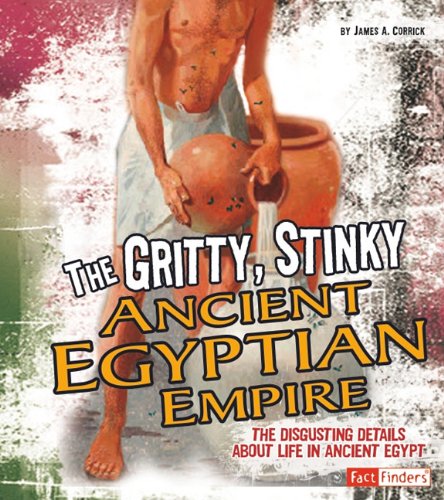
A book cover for Gritty, Stinky Ancient Egypt: The Disgusting Details About Life in Ancient Egypt (Disgusting History); James A. Corrick; Children's Books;